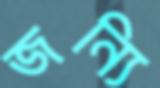
জন্যি